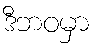
ဒီဘဝမှာ